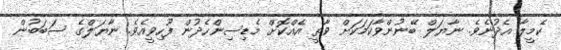
ކެމީލާ އެދުނެވެ. ނާޔަލް ބޭނުންވާކަމަކަށް ވާތީ އެއްކޮށް މެޑިސިންހެދުން ފޫހިވީއެވެ. ނާޔަލްގެ ސަބަބުން